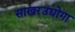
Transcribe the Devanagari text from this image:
साखरउद्योगा